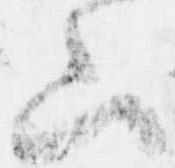
山